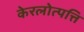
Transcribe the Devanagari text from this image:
केरलोत्पत्ति